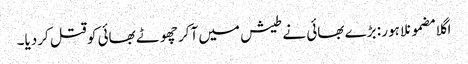
اگلا مضمونلاہور : بڑے بھائی نے طیش میں آکر چھوٹے بھائی کو قتل کردیا۔